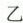
乙